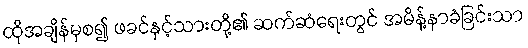
ထိုအချိန်မှစ၍ ဖခင်နှင့်သားတို့၏ ဆက်ဆံရေးတွင် အမိန့်နာခံခြင်းသာ